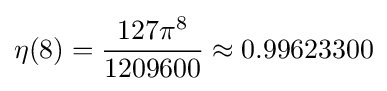
\eta (8)={{127\pi ^{8}} \over 1209600}\approx 0.99623300